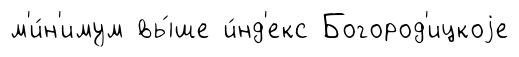
м'и́н'имум вы́ше и́нд'екс Богород'ицкоjе